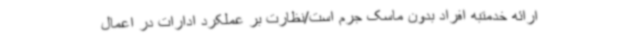
ارائه خدمتبه افراد بدون ماسک جرم است/نظارت بر عملکرد ادارات در اعمال